Report of the Hyderabad Chloroform Commission
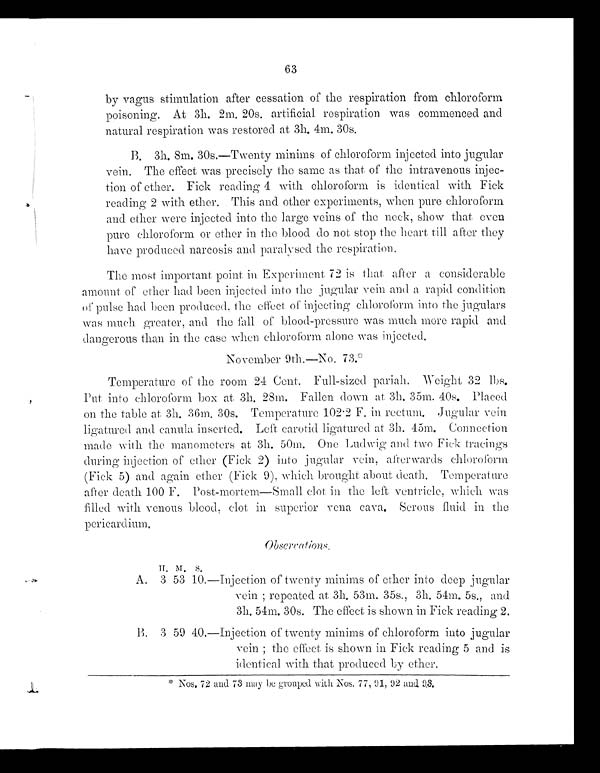
63
by vagus stimulation after cessation of the respiration from chloroform
poisoning. At 3h. 2m. 20s. artificial respiration was commenced and
natural respiration was restored at 3h. 4m. 30s.
B. 3h. 8m. 30s.—Twenty minims of chloroform injected into jugular
vein. The effect was precisely the same as that of the intravenous injec-
tion of ether. Fick reading 4 with chloroform is identical. with Fick
reading 2 with ether. This and other experiments, when pure chloroform
and. ether were injected into the large veins of the neck, show that- even
pure chloroform or ether in the blood do not stop the heart till after they
have produced narcosis and paralysed the respiration.
The most important point in Experiment 72 is that after a considerable
amount of ether had been injected into the jugular vein and a rapid condition
of pulse had been produced, the effect of injecting chloroform into the jugulars
was much greater, and the fall of blood-pressure was much more rapid and
dangerous than in the case when chloroform alone was injected.
November 9th.—No, 73.*
Temperature of the room 24 Cent. Full-sized pariah. Weight 32 lbs.
Put into chloroform box at 3h. 28m. Fallen down at 3h. 35m. 40s. Placed
on t he t abl e at 3h. 36m. 30s. Temperat ure 102· 2 F. i n rect um, Jugul ar vei n
ligatured and canula inserted. Left carotid ligatured at 3h. 45m. Connection
made with the manometers at 3h. 50m. One Ludwig and two Fick tracings
during injection of ether (Fick 2) into jugular vein, afterwards chloroform
(Fick 5) and again ether (Fick 9), which brought about death. Temperature
after death 100 F. Post-mortem—Small clot in the left ventricle, which was
filled with venous blood, clot in superior vela cava. Serous fluid in the
pericardium.
O b s e r v a t i o n s .
H. M. S.
A. 3 53 10,—Injection of twenty minims of ether into deep jugular
vein ; repeated at 3h. 53m. 35s., 3h, 54m, 5s., and
3h. 54m. 30s. The effect is shown in Fick reading 2.
B .
3 5 9 4 0 . — I n j e c t i o n o f t w e n t y m i n i m s o f c h l o r o f o r m i n t o j u g u l a r
vein ; the effect, is shown in Fick reading 5 and is
identical with that produced by ether.
*Nos. 72 and 73 may be gr ouped wi t h Nos, 77, 91, 92 and 93.